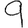
Digit: 9